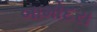
બામોદરા